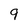
Character: 9